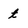
Character: t